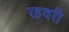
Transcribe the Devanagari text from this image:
रहवरी